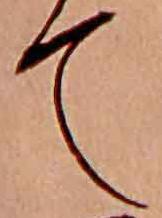
て